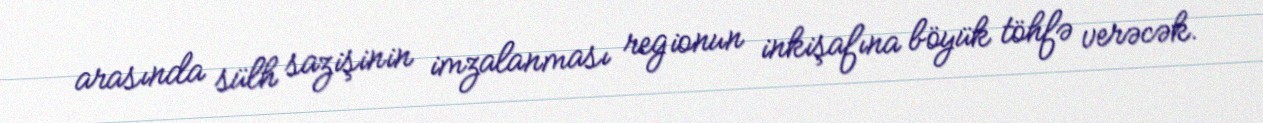
arasında sülh sazişinin imzalanması regionun inkişafına böyük töhfə verəcək.